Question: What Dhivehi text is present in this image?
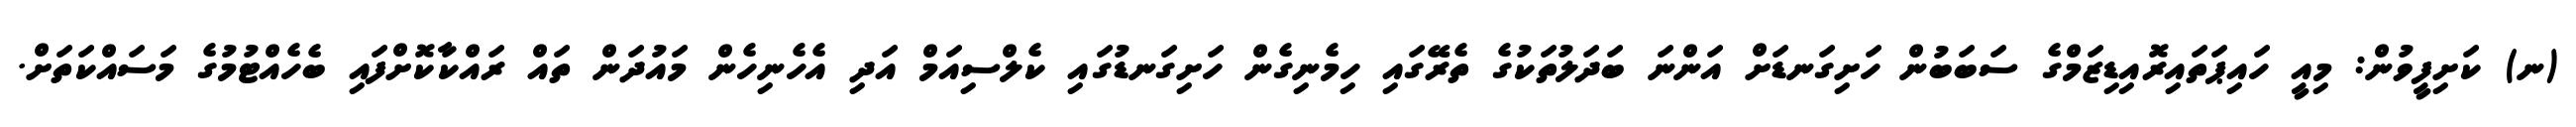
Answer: (ނ) ކަށިފީވުން: މިއީ ހައިޕަތައިރޮއިޑިޒަމްގެ ސަބަބުން ހަށިގަނޑަށް އަންނަ ބަދަލުތަކުގެ ތެރޭގައި ހިމެނިގެން ހަށިގަނޑުގައި ކެލްސިއަމް އަދި އެހެނިހެން މައުދަން ތައް ރައްކާކޮށްފައި ބެހެއްޓުމުގެ މަސައްކަތަށް.